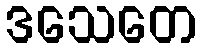
ဒသေတေ